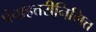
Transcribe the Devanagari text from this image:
पंचाहत्तरीनिमित्त